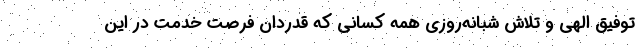
توفیق الهی و تلاش شبانه‌روزی همه کسانی که قدردان فرصت خدمت در این